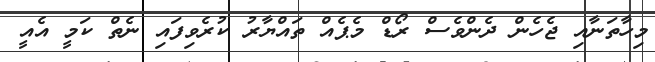
މިހާތަނާއި ޖެހެން ދެންވެސް ރޯޑް މެޕެއް ތައްޔާރު ކުރެވިފައި ނެތް ކަމީ އެއީ